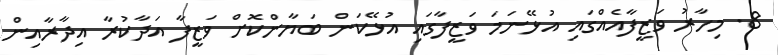
8. މިހާރު ވަޒީފާއެއްގައި އުޅޭނަމަ ވަޒީފާގައި އުޅޭކަން ބަޔާންކޮށް ވަޒީފާ އަދާކުރާ އިދާރާއިން